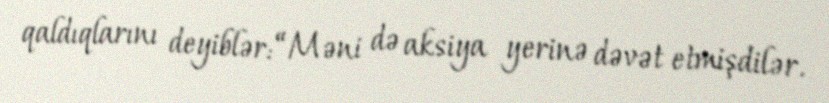
qaldıqlarını deyiblər: “Məni də aksiya yerinə dəvət etmişdilər.